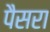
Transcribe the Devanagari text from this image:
पैसरा